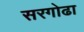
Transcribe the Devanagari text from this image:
सरगोढा